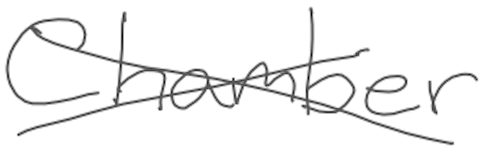
Text: Chamber
Cross-out: cross
Writing tool: digital_gray